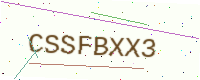
Text: CSSFBXX3